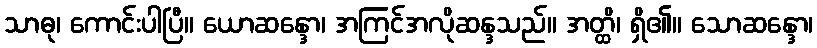
သာဓု၊ ကောင်းပါပြီ။ ယောဆန္ဒော၊ အကြင်အလိုဆန္ဒသည်။ အတ္ထိ၊ ရှိ၏။ သောဆန္ဒော၊